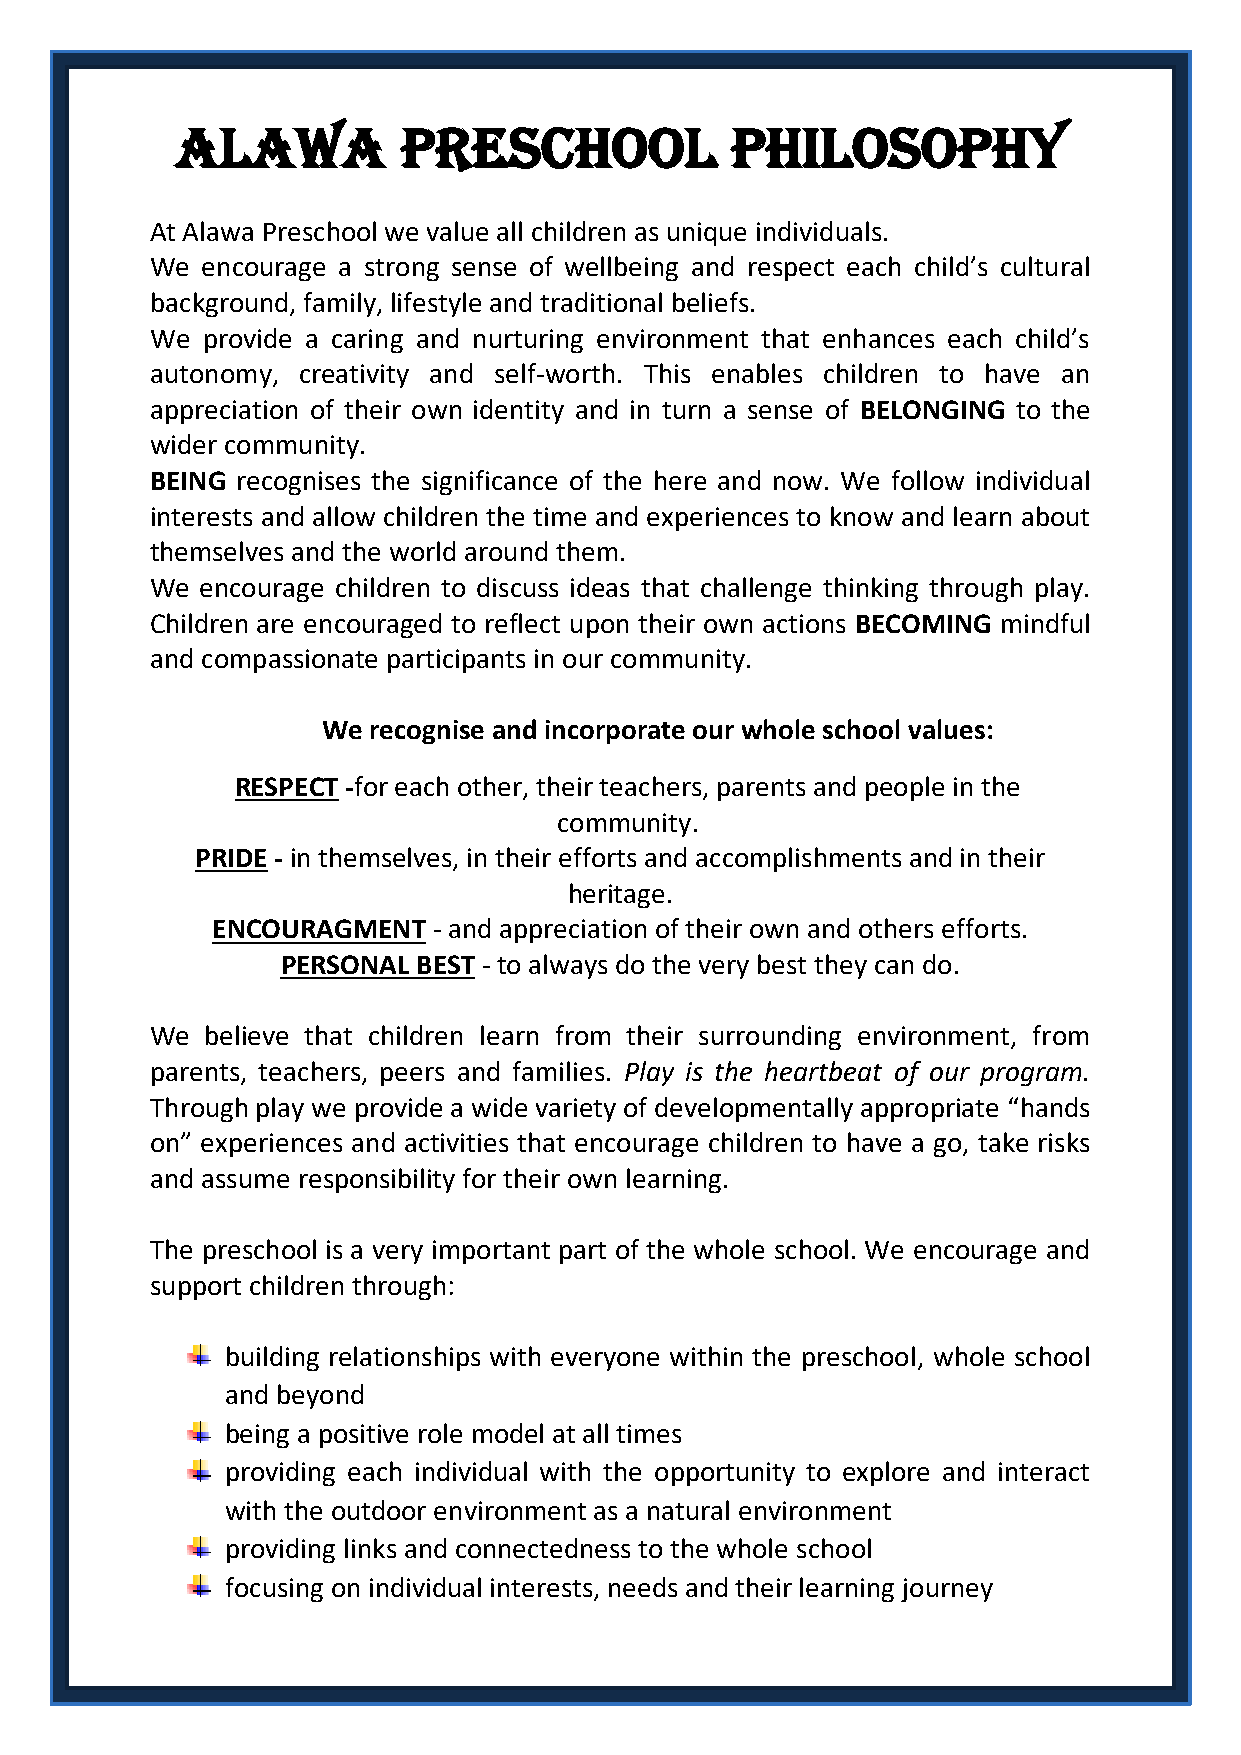
ALAWA         Preschool             Philosophy
 At Alawa Preschool we value all children as unique individuals.
 We encourage a strong sense of wellbeing and respect each child’s cultural
 background, family, lifestyle and traditional beliefs.
 We provide a caring and nurturing environment that enhances each child’s
 autonomy, creativity and self-worth. This enables children to have an
 appreciation of their own identity and in turn a sense of BELONGING to the
 wider community.
 BEING recognises the significance of the here and now. We follow individual
 interests and allow children the time and experiences to know and learn about
 themselves and the world around them.
 We encourage children to discuss ideas that challenge thinking through play.
 Children are encouraged to reflect upon their own actions BECOMING mindful
 and compassionate participants in our community.
 We recognise and incorporate our whole school values:
 RESPECT -for each other, their teachers, parents and people in the
 community.
 PRIDE - in themselves, in their efforts and accomplishments and in their
 heritage.
 ENCOURAGMENT   - and appreciation of their own and others efforts.
 PERSONAL BEST - to always do the very best they can do.
 We  believe that children learn from their surrounding environment, from
 parents, teachers, peers and families. Play is the heartbeat of our program.
 Through play we provide a wide variety of developmentally appropriate “hands
 on” experiences and activities that encourage children to have a go, take risks
 and assume responsibility for their own learning.
 The preschool is a very important part of the whole school. We encourage and
 support children through:
 building relationships with everyone within the preschool, whole school
 and beyond
 being a positive role model at all times
 providing each individual with the opportunity to explore and interact
 with the outdoor environment as a natural environment
 providing links and connectedness to the whole school
 focusing on individual interests, needs and their learning journey